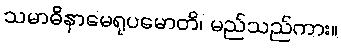
သမာဓိနာမေရုပမောတိ၊ မည်သည်ကား။